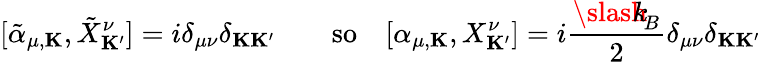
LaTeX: [{\tilde{\alpha}}_{\mu,{\mathbf K}},{\tilde{X}}_{\mathbf K^{\prime}}^{\nu}]=i\delta_{\mu\nu}\delta_{{\mathbf K}{\mathbf K^{\prime}}}\qquad\mathrm{so}\quad[\alpha_{\mu,{\mathbf K}},X_{\mathbf K^{\prime}}^{\nu}]=i\frac{{\slash\! \! \! k}_{\! {B}}}{2}\delta_{\mu\nu}\delta_{{\mathbf K}{\mathbf K^{\prime}}}